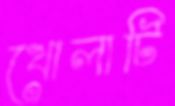
খোলাটি